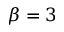
\beta = 3